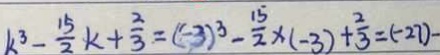
k ^ { 3 } - \frac { 1 5 } { 2 } k + \frac { 2 } { 3 } = ( - 3 ) ^ { 3 } - \frac { 1 5 } { 2 } \times ( - 3 ) + \frac { 2 } { 3 } = ( - 2 7 ) -